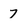
Character: 7